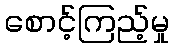
စောင့်ကြည့်မှု